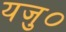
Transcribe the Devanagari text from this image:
यजु०